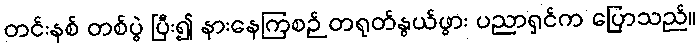
တင်းနစ် တစ်ပွဲ ပြီး၍ နားနေကြစဉ် တရုတ်နွယ်ဖွား ပညာရှင်က ပြောသည်။